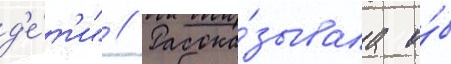
д'е́т'и" // Расска́зывала о́б